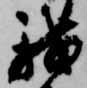
我